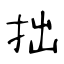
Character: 拙